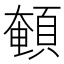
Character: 𩓹